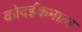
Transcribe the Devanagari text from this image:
कोदईकनाल